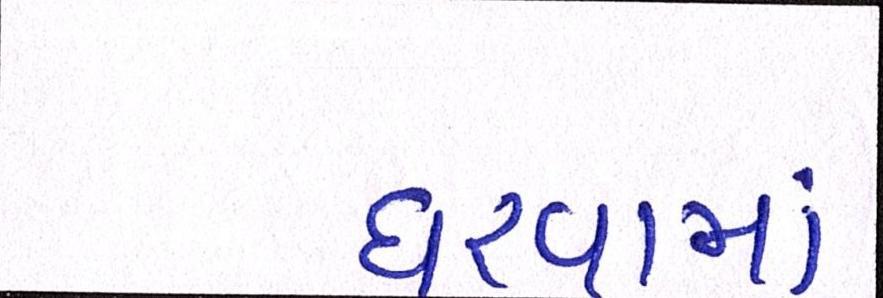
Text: ધરવામાં